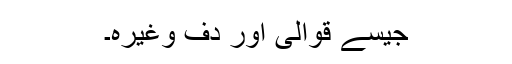
جیسے قوالی اور دف وغیرہ۔